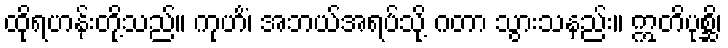
ထိုရဟန်းတို့သည်။ ကုဟိံ၊ အဘယ်အရပ်သို့ ဂတာ သွားသနည်း။ ဣတိပုစ္ဆိ၊